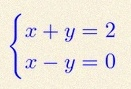
\begin{cases}x+y=2\\x-y=0\end{cases}